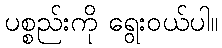
ပစ္စည်းကို ရွေးဝယ်ပါ။